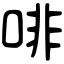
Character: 啡